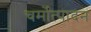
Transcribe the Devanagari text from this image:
चर्मोत्पादन